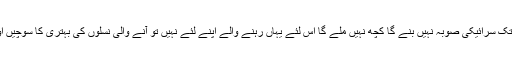
ظہور دھریجہ نے کہا کہ جب تک سرائیکی صوبہ نہیں بنے گا کچھ نہیں ملے گا اس لئے یہاں رہنے والے اپنے لئے نہیں تو آنے والی نسلوں کی بہتری کا سوچیں اور الگ سرائیکی صوبہ بنوائیں۔